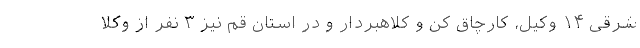
شرقی ۱۴ وکیل، کارچاق کن و کلاهبردار و در استان قم نیز ۳ نفر از وکلا